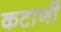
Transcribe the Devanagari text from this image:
कटाणी